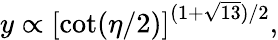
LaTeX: y\propto\left[\cot(\eta/2)\right]^{(1+\sqrt{13})/2},